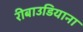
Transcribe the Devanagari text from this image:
रीबाउडियाना